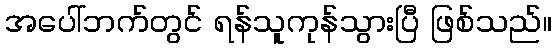
အပေါ်ဘက်တွင် ရန်သူကုန်သွားပြီ ဖြစ်သည်။